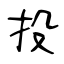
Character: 投